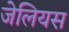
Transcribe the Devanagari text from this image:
जेलियस